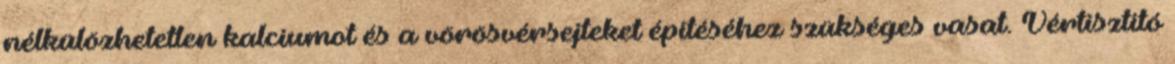
nélkülözhetetlen kalciumot és a vörösvérsejteket építéséhez szükséges vasat. Vértisztító